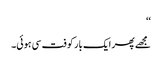
‘‘
مجھے پھر ایک بار کوفت سی ہوئی۔